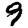
Digit: 9